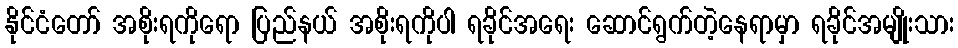
နိုင်ငံတော် အစိုးရကိုရော ပြည်နယ် အစိုးရကိုပါ ရခိုင်အရေး ဆောင်ရွက်တဲ့နေရာမှာ ရခိုင်အမျိုးသား